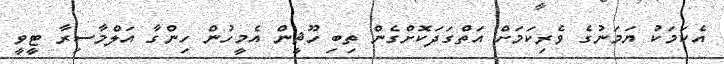
އެކަމަކު ޔަމަނުގެ ވެރިކަމަށް އަތްގަދަކޮށްގެން ތިބި ހޫޘީން އެމީހުން ހިންގާ އަލްމާސިރާ ޓީވީ